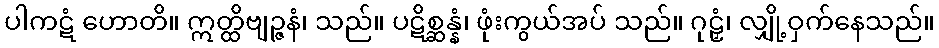
ပါကဋံ ဟောတိ။ ဣတ္ထိဗျဉ္ဇနံ၊ သည်။ ပဋိစ္ဆန္နံ၊ ဖုံးကွယ်အပ် သည်။ ဂုဠှံ၊ လျှို့ဝှက်နေသည်။